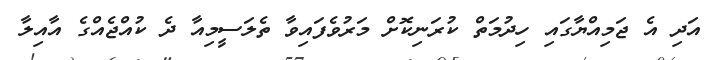
އަދި އެ ޖަމިއްޔާގައި ހިދުމަތް ކުރަނިކޮށް މަރުވެފައިވާ ތެލަސީމިއާ ދެ ކުއްޖެއްގެ އާއިލާ